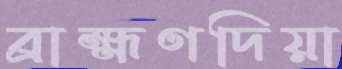
ব্রাহ্মণদিয়া